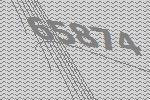
65874